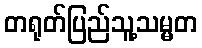
တရုတ်ပြည်သူ့သမ္မတ